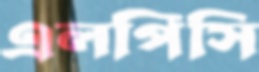
এলপিসি